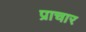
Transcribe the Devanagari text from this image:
प्राचार